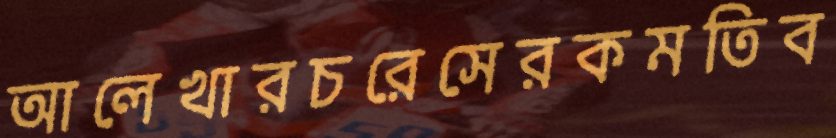
আলেখারচরেসেরকমতিব